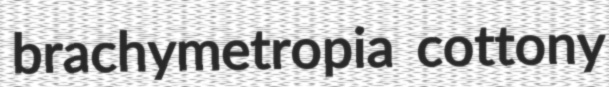
brachymetropia cottony